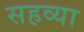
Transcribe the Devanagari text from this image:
सहव्या